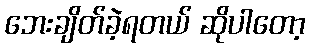
ဘေးချိတ်ခဲ့ရတယ် ဆိုပါတော့